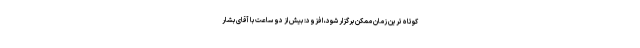
کوتاه ترین زمان ممکن برگزار شود، افزود: بیش از دو ساعت با آقای بشار